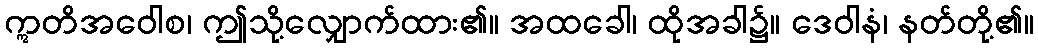
ဣတိအဝေါစ၊ ဤသို့လျှောက်ထား၏။ အထခေါ၊ ထိုအခါ၌။ ဒေဝါနံ၊ နတ်တို့၏။